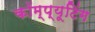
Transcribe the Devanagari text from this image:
कॉम्प्यूटिंग